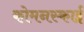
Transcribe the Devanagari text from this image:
कोमनस्काई